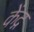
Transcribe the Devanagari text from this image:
केंद्ग